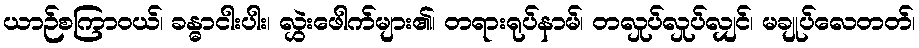
ယာဉ်စကြာဝယ်၊ ခန္ဓာငါးပါး၊ လွှဲးဖေါက်များ၏၊ တရားရုပ်နာမ်၊ တလှုပ်လှုပ်လျှင်၊ မချုပ်လေတတ်၊